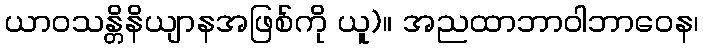
ယာဝသန္တိနိယျာနအဖြစ်ကို ယူ)။ အညထာဘာဝါဘာဝေန၊